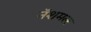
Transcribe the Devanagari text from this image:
नॅशमल